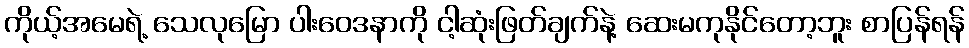
ကိုယ့်အမေရဲ့ သေလုမြော ပါးဝေဒနာကို ငါ့ဆုံးဖြတ်ချက်နဲ့ ဆေးမကုနိုင်တော့ဘူး စာပြန်ရန်